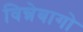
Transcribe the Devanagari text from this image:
विन्नेबागो